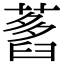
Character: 𦽭